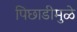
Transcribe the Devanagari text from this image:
पिछाडीमुळे